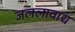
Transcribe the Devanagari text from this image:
जललावाद्य